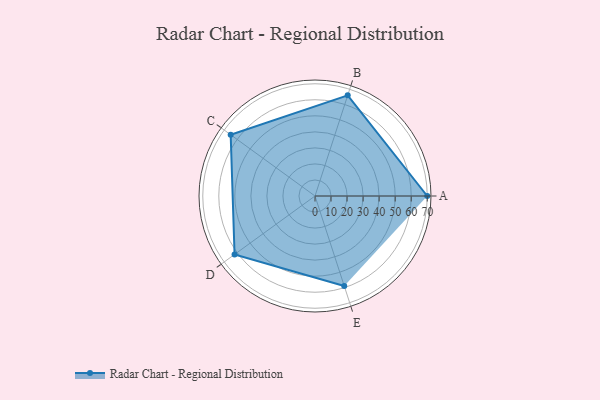
{"axis": {"x": "Skill", "y": "Score"}, "legend": ["Profile"], "data": [{"x": "A", "y": 70.0, "type": "Profile"}, {"x": "B", "y": 66.0, "type": "Profile"}, {"x": "C", "y": 65.0, "type": "Profile"}, {"x": "D", "y": 62.0, "type": "Profile"}, {"x": "E", "y": 59.0, "type": "Profile"}]}